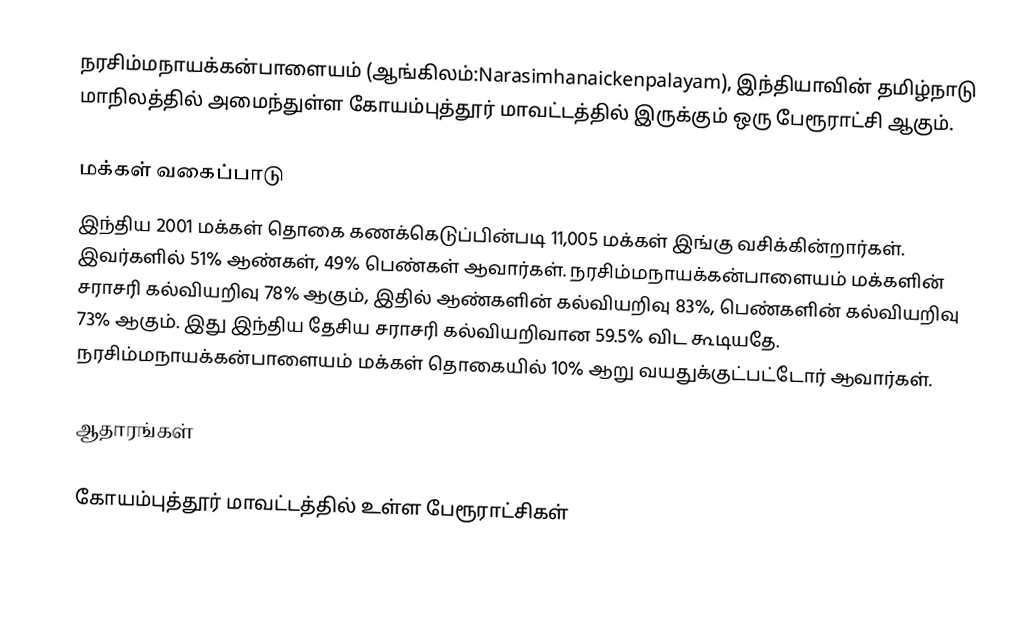
நரசிம்மநாயக்கன்பாளையம் (ஆங்கிலம்:Narasimhanaickenpalayam), இந்தியாவின் தமிழ்நாடு மாநிலத்தில் அமைந்துள்ள கோயம்புத்தூர் மாவட்டத்தில் இருக்கும் ஒரு பேரூராட்சி ஆகும்.

மக்கள் வகைப்பாடு
இந்திய 2001 மக்கள் தொகை கணக்கெடுப்பின்படி 11,005 மக்கள் இங்கு வசிக்கின்றார்கள். இவர்களில் 51% ஆண்கள், 49% பெண்கள் ஆவார்கள். நரசிம்மநாயக்கன்பாளையம் மக்களின் சராசரி கல்வியறிவு 78% ஆகும்,  இதில் ஆண்களின் கல்வியறிவு 83%,  பெண்களின் கல்வியறிவு 73% ஆகும். இது இந்திய தேசிய சராசரி கல்வியறிவான 59.5% விட கூடியதே. நரசிம்மநாயக்கன்பாளையம் மக்கள் தொகையில் 10%  ஆறு வயதுக்குட்பட்டோர் ஆவார்கள்.

ஆதாரங்கள்

கோயம்புத்தூர் மாவட்டத்தில் உள்ள பேரூராட்சிகள்